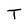
Character: T